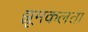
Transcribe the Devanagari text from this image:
झूमकलता